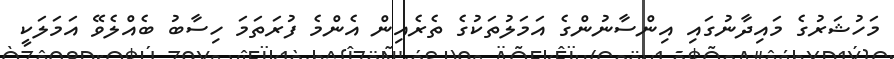
މަހުޝަރުގެ މައިދާނުގައި އިންސާނުންގެ އަމަލުތަކުގެ ތެރެއިން އެންމެ ފުރަތަމަ ހިސާބު ބެއްލެވޭ އަމަލަކީ